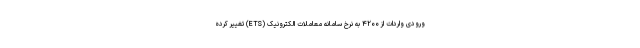
ورودی واردات از ۴۲۰۰ به نرخ سامانه معاملات الکترونیک (ETS) تغییر کرده